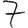
Digit: 7